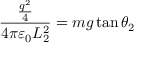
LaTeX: { \frac { \frac { q ^ { 2 } } { 4 } } { 4 \pi \varepsilon _ { 0 } L _ { 2 } ^ { 2 } } } = m g \tan \theta _ { 2 }